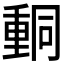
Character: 𨤯